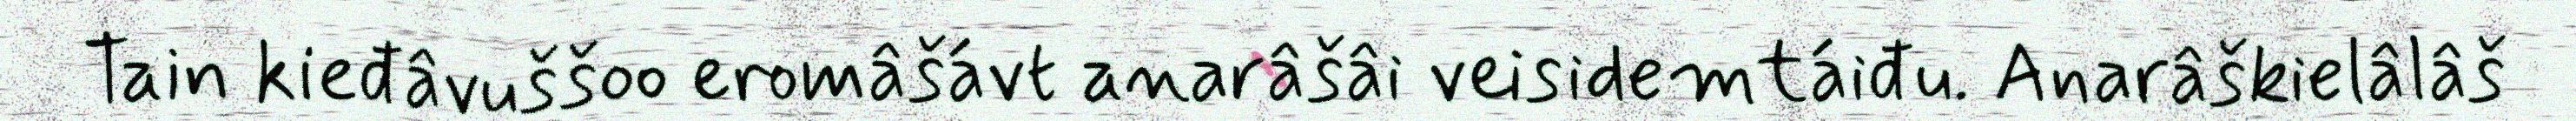
Tain kieđâvuššoo eromâšávt anarâšâi veisidemtáiđu. Anarâškielâlâš